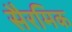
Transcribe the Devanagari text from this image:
सैरमिक